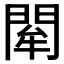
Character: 𨴍